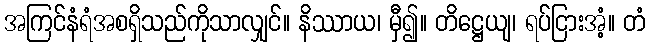
အကြင်နံရံအစရှိသည်ကိုသာလျှင်။ နိဿာယ၊ မှီ၍။ တိဋ္ဌေယျ၊ ရပ်ငြားအံ့။ တံ